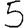
Digit: 5